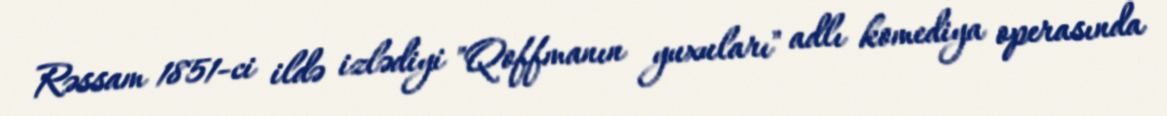
Rəssam 1851-ci ildə izlədiyi "Qoffmanın yuxuları" adlı komediya operasında